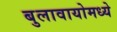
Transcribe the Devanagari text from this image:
बुलावायोमध्ये